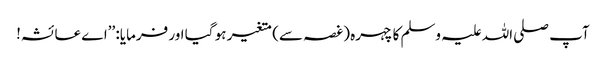
آپ صلی اللہ علیہ وسلم کا چہرہ (غصہ سے) متغیر ہو گیا اور فرمایا: ’’اے عائشہ!